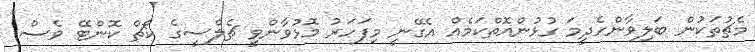
މެޗުތަކުން ބަލިވާންހެދީމަ ގުޅުންއޮތްކަމެއް އެގޭނީ މިފަހަރު މޮޅުވާންވީ ޗެލްސީގެ ކޯޗް ކޮންޓޭ ވެސް